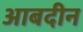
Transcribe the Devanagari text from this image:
आबदीन